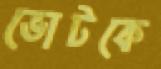
ভোটকে